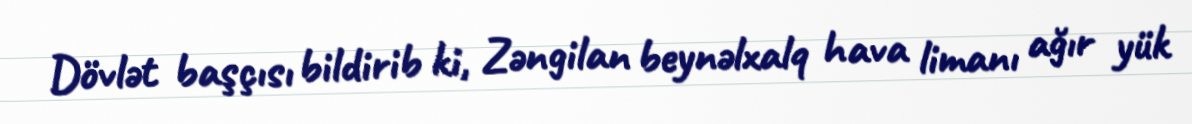
Dövlət başçısı bildirib ki, Zəngilan beynəlxalq hava limanı ağır yük